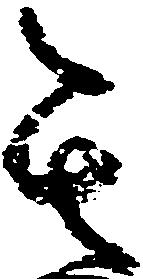
其